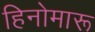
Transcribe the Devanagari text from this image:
हिनोमारू